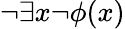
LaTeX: \neg\exists x\neg\phi(x)